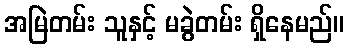
အမြဲတမ်း သူနှင့် မခွဲတမ်း ရှိနေမည်။